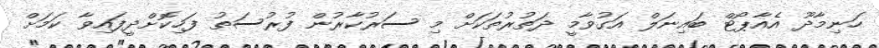
ހަނިމާދޫ އެއާޕޯޓް ބައިނަލް އަގުވާމީ ދަތުރުތަކަށް މި ސަރުކާރުން ފުރުސަތު ފަހިކޮށްދީފައިވާ ކަމަށް